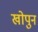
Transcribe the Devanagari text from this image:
खोपुन